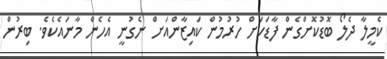
ކެމީލާ ދެލޯ ބޮޑުކޮށްގެން ފާޑަކަށް ހުރުމުން ކައިޒާންއަށް ނެގުނީ އެހެން މާނައެކެވެ. ބިރުން